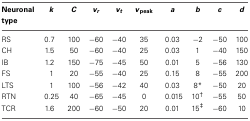
| Neuronal type | k | C | vr | vt | vpeak | a | b | c | d |
 | --- | --- | --- | --- | --- | --- | --- | --- | --- | --- |
 | RS | 0.7 | 100 | −60 | −40 | 35 | 0.03 | −2 | −50 | 100 |
 | CH | 1.5 | 50 | −60 | −40 | 25 | 0.03 | 1 | −40 | 150 |
 | IB | 1.2 | 150 | −75 | −45 | 50 | 0.01 | 5 | −56 | 130 |
 | FS | 1 | 20 | −55 | −40 | 25 | 0.15 | 8 | −55 | 200 |
 | LTS | 1 | 100 | −56 | −42 | 40 | 0.03 | 8* | −50 | 20 |
 | RTN | 0.25 | 40 | −65 | −45 | 0 | 0.015 | 10† | −55 | 50 |
 | TCR | 1.6 | 200 | −60 | −50 | 20 | 0.01 | 15‡ | −60 | 10 |